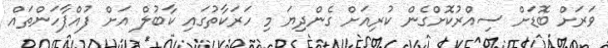
ވަރަށް ބޮޑަށް ސިއްރުކޮށްގެން ކުރިއަށް ގެންދިޔަ މި ހަރަކާތުގައި ކާބުލް އަށް ފުއްޕާހަންތައް